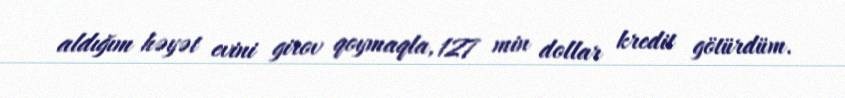
aldığım həyət evini girov qoymaqla, 127 min dollar kredit götürdüm.